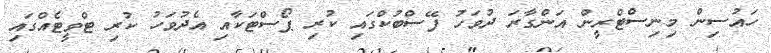
ހައުސިން މިނިސްޓްރީން އަންގާރަ ދުވަހު ފޭސްބުކްގައި ކުރި ޕޯސްޓަކާއި އެދުވަހު ކުރި ޓްވީޓެއްގައި